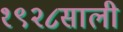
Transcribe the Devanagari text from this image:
१९२८साली